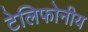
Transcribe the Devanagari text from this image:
टेलिफोनीय